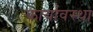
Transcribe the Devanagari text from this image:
कार्यावस्था